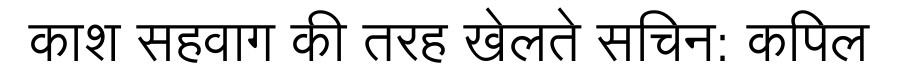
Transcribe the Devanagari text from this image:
काश सहवाग की तरह खेलते सचिन: कपिल